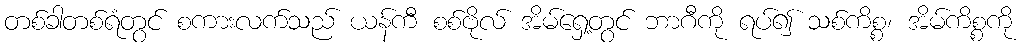
တစ်ခါတစ်ရံတွင် စကားလက်သည် ယန်ကီ စစ်ဗိုလ် အိမ်ရှေ့တွင် ဘာဂီကို ရပ်၍ သစ်ကိစ္စ၊ အိမ်ကိစ္စကို